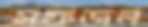
মফজল